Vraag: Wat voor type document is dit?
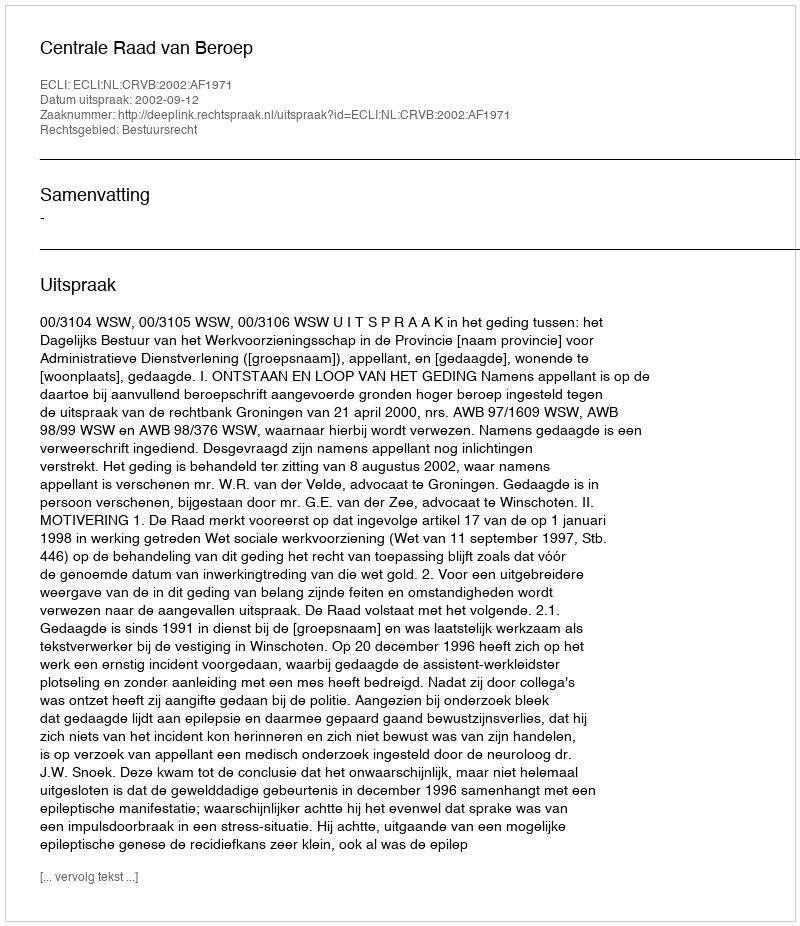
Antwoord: Uitspraak